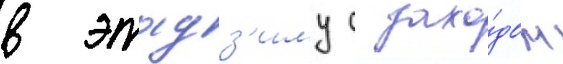
в этадз'иму с захо́дом